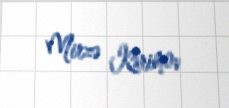
Mirzə Kərimov